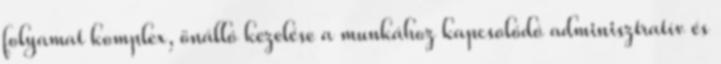
folyamat komplex, önálló kezelése a munkához kapcsolódó adminisztratív és